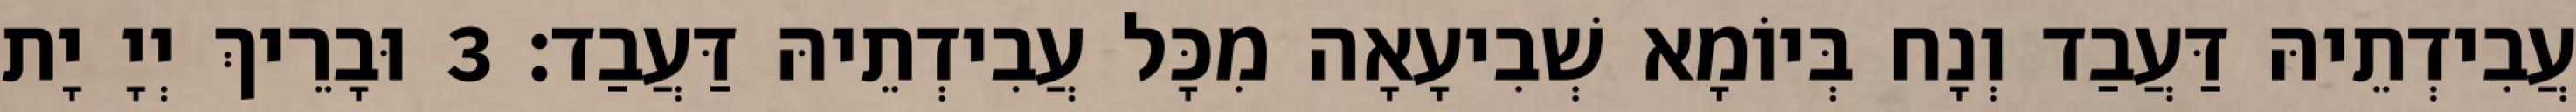
עֲבִידְתֵיהּ דַּעֲבַד וְנָח בְּיוֹמָא שְׁבִיעָאָה מִכָּל עֲבִידְתֵיהּ דַּעֲבַד׃ 3 וּבָרֵיךְ יְיָ יָת